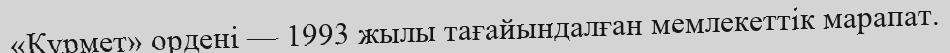
«Құрмет» орденi — 1993 жылы тағайындалған мемлекеттік марапат.